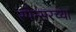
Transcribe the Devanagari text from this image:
स्पेन्सरच्या